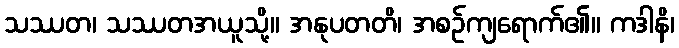
သဿတ၊ သဿတအယူသို့။ အနုပတတိ၊ အစဉ်ကျရောက်၏။ ကဒါနိ၊